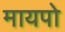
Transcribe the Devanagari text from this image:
मायपो